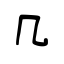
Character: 几